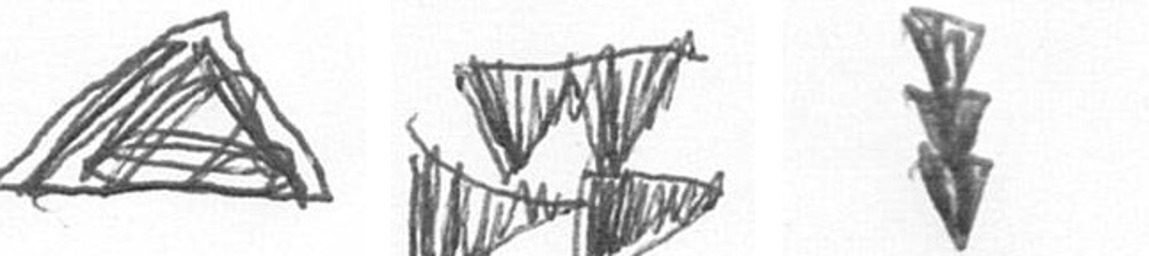
O B E